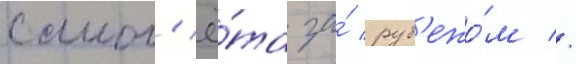
самол'ё́та за́ руб'ежо́м //